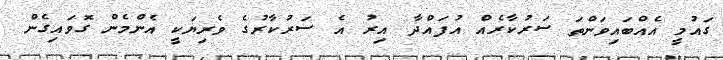
ގައުމީ އެއްބައިވަންތަ ސަރުކާރެއް އުފައްދާ އިރު އެ ސަރުކާރުގެ ވެރިޔަކީ އެންމެން ގޮވައިގެން